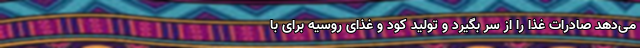
می‌دهد صادرات غذا را از سر بگیرد و تولید کود و غذای روسیه برای با